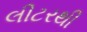
લીટરથી